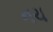
નચ